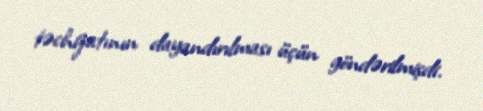
təchizatının dayandırılması üçün göndərilmişdi.